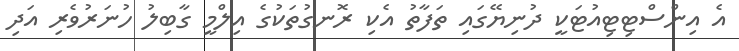
އެ އިންސްޓިޓިއުޓަކީ ދުނިޔޭގައި ތަފާތު އެކި ރޮނގުތަކުގެ އިލްމީ ގާބިލު ހުނަރުވެރި އަދި